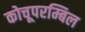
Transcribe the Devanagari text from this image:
कोचूपरम्बिल